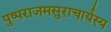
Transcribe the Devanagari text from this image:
पुष्पराजमसुराचार्यस्य